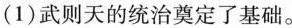
(1)武则天的统治奠定了基础。